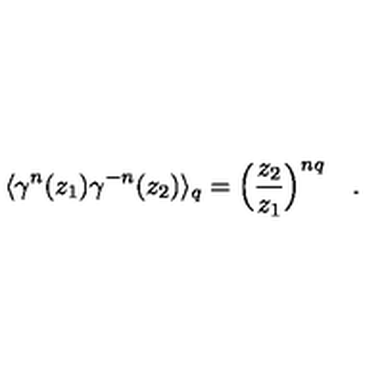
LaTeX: \langle \gamma ^ { n } ( z _ { 1 } ) \gamma ^ { - n } ( z _ { 2 } ) \rangle _ { q } = \Big ( \frac { z _ { 2 } } { z _ { 1 } } \Big ) ^ { n q } \quad .